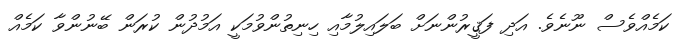
ކަމެއްވެސް ނޫނެވެ. އަދި ފަޤީރުންނަށް ބަލައިލުމާއި ހިނިތުންވުމަކީ އަމުދުން ކުރަން ބޭނުންވާ ކަމެއް